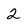
Character: 2